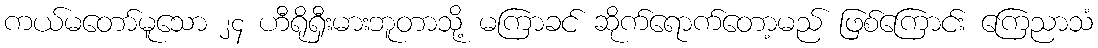
ကယ်မတော်မူသော ၂၄ ဟီရိုရှီးမားဘူတာသို့ မကြာခင် ဆိုက်ရောက်တော့မည် ဖြစ်ကြောင်း ကြေညာသံ